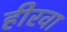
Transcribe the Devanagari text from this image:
हीरवा